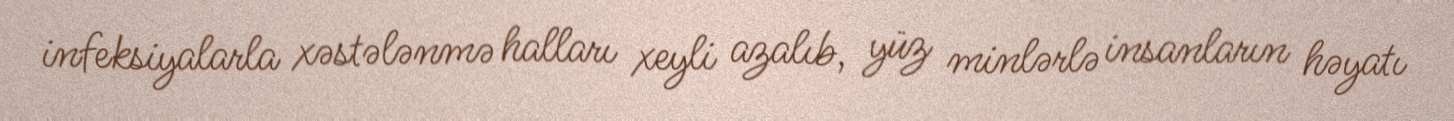
infeksiyalarla xəstələnmə halları xeyli azalıb, yüz minlərlə insanların həyatı